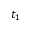
t _ { 1 }